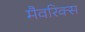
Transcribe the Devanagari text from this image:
मैवरिक्स